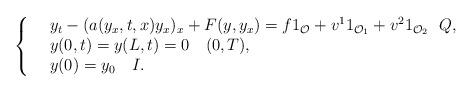
LaTeX: \begin{align*}\left\{\begin{array}{rl}&y_t - (a(y_x,t,x) y_x)_x + F(y,y_x) = f 1_\mathcal{O} + v^1 1_{\mathcal{O}_1} + v^2 1_{\mathcal{O}_2} \ \ Q,\\&y(0,t) = y(L,t) = 0\ \ \ (0,T),\\&y(0) = y_{0}\ \ \ I.\end{array}\right.\end{align*}